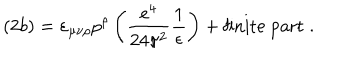
LaTeX: ( 2 b ) = \varepsilon _ { \mu \nu \rho } p ^ { \rho } \left( \frac { e ^ { 4 } } { 2 4 \pi ^ { 2 } } \frac { 1 } { \epsilon } \right) + \mathrm { f i n i t e ~ p a r t } \; .